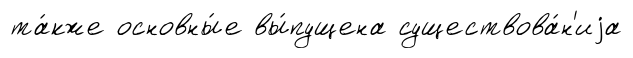
та́кже основны́е вы́пущена существова́н'иjа